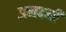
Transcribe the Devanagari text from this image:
अमदनी